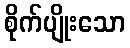
စိုက်ပျိုးသော